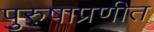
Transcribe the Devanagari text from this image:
पुरुषाप्रणीत